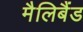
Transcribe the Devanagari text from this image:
मैलिबैंड